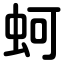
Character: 蚵